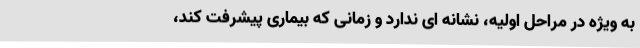
به ویژه در مراحل اولیه، نشانه ‌ای ندارد و زمانی که بیماری پیشرفت کند،